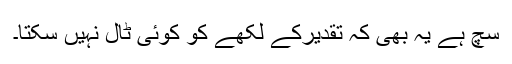
سچ ہے یہ بھی کہ تقدیرکے لکھے کو کوئی ٹال نہیں سکتا۔